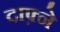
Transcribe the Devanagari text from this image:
दाफ़्ने